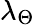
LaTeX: \lambda_{\Theta}